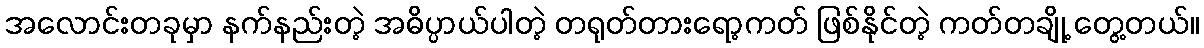
အလောင်းတခုမှာ နက်နည်းတဲ့ အဓိပ္ပာယ်ပါတဲ့ တရုတ်တားရော့ကတ် ဖြစ်နိုင်တဲ့ ကတ်တချို့ တွေ့တယ်။